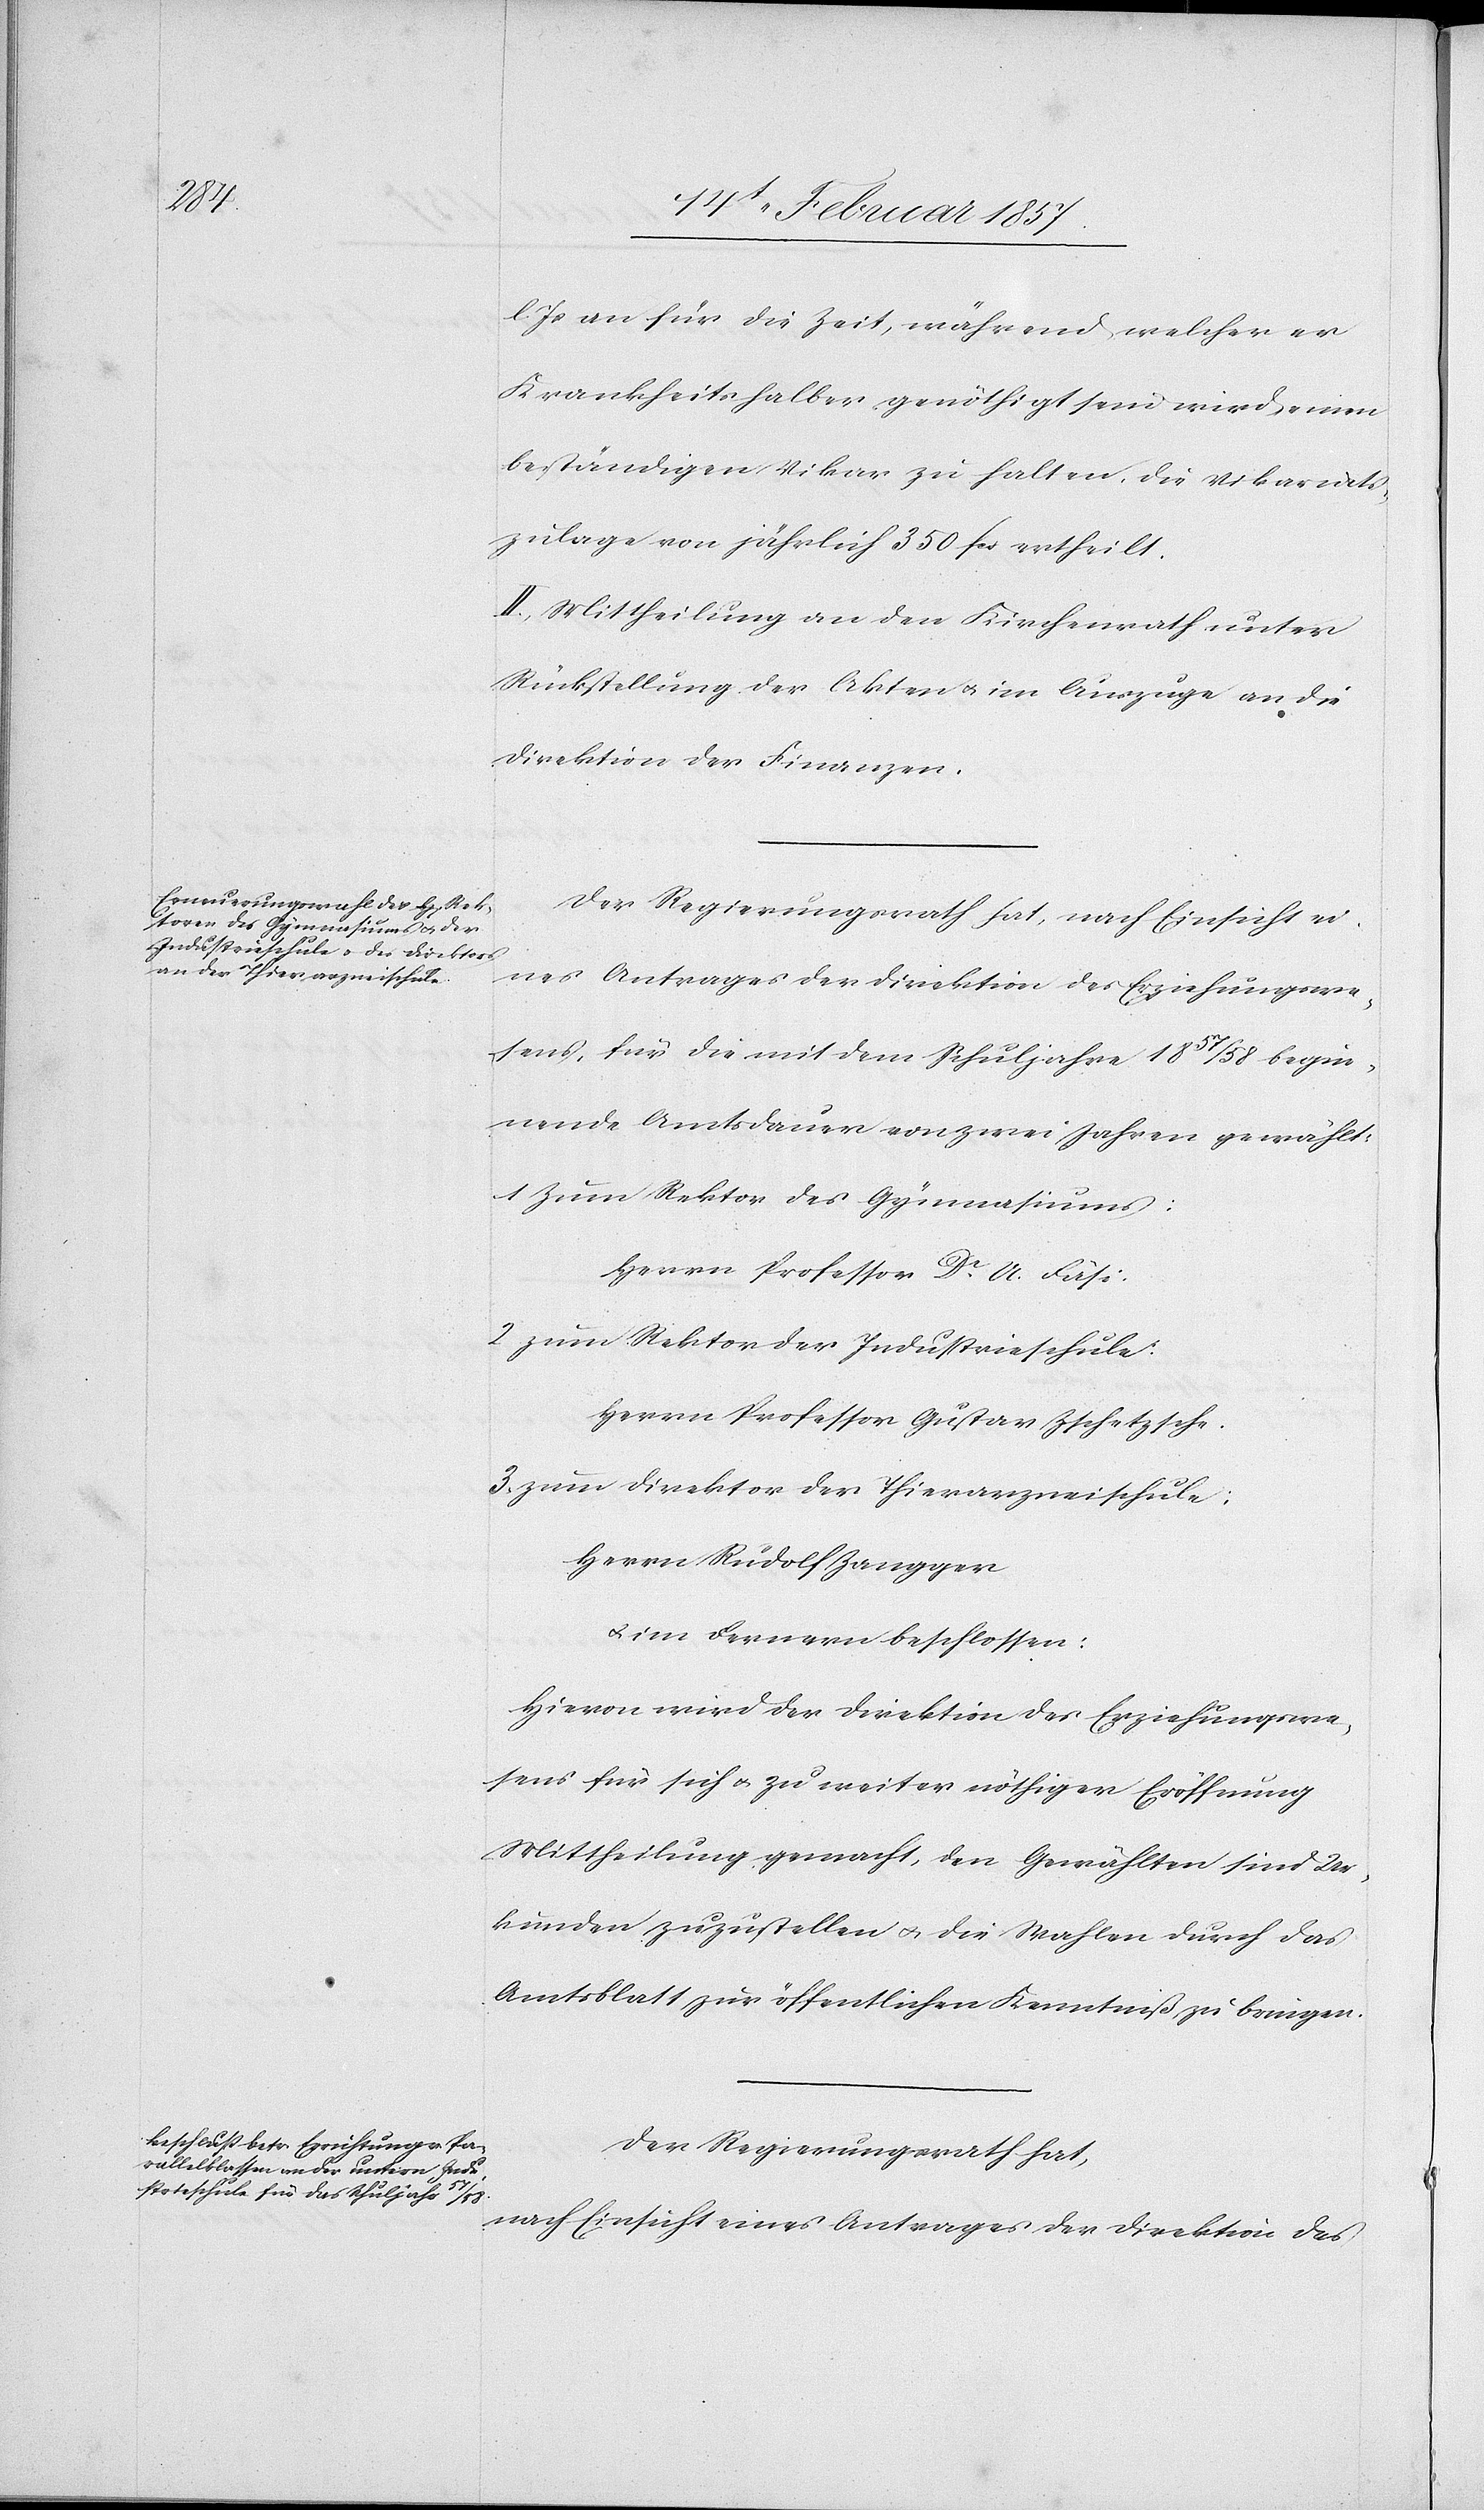
l. Js an für die Zeit, während welcher er
Krankheitshalber genöthigt sein wird, einen
beständigen Vikar zu halten, die Vikariats¬
zulage von jährlich 350 fr. ertheilt.
II: Mittheilung an den Kirchenrath unter
Rückstellung der Akten u. im Auszuge an die
Direktion der Finanzen.
Der Regierungsrath hat, nach Einsicht ei¬
nes Antrages der Direktion des Erziehungswe¬
sens, für die mit dem Schuljahre 1857/58 begin¬
nende Amtsdauer von zwei Jahren gewählt:
1 Zum Rektor des Gymnasiums:
Herrn Professor Dr A. Fäsi.
2 zum Rektor der Industrieschule:
Herrn Professor Gustav Zschetzsche.
3. zum Direktor der Thierarzneischule:
Herrn Rudolf Zangger
u. im Fernern beschlossen:
Hievon wird der Direktion des Erziehungswe¬
sens für sich u. zu weiter nöthiger Eröffnung
Mittheilung gemacht, den Gewählten sind Ur¬
kunden zuzustellen u. die Wahlen durch das
Amtsblatt zur öffentlichen Kenntniß zu bringen.
Der Regierungsrath hat,
nach Einsicht eines Antrages der Direktion des